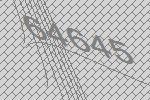
64645